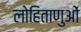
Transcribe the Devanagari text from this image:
लोहिताणुओं